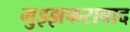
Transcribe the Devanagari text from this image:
मुझ्झफराबाद